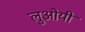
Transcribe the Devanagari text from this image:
लुओयी